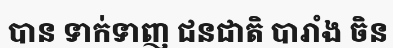
បាន ទាក់ទាញ ជនជាតិ បារាំង ចិន